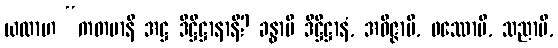
ယထာဟ “ကတမာနိ အဋ္ဌ ဒိဋ္ဌိဋ္ဌာနာနိ? ခန္ဓာပိ ဒိဋ္ဌိဋ္ဌာနံ, အဝိဇ္ဇာပိ, ဖဿောပိ, သညာပိ,